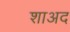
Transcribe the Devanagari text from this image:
शाअद